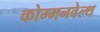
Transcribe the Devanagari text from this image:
कोम्मनवेल्थ